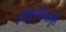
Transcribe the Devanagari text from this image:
इन्शुलीनसदृश